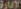
الإدارة